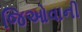
જિઓવાની